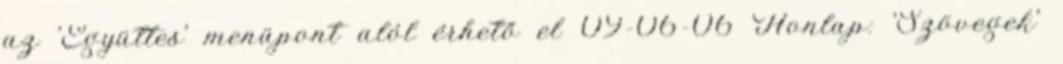
az 'Együttes' menüpont alól érhető el 09-06-06 Honlap: 'Szövegek'